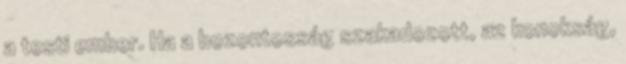
a testi ember. Ha a bozontosság szakadozott, az konokság,